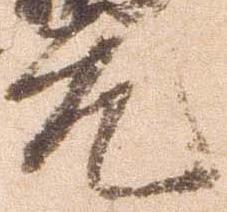
元